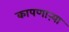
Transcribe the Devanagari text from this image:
कापणाऱ्या